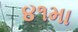
૪૧મા